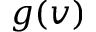
g ( v )